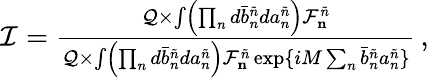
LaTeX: \begin{array}{r}{\mathcal{I}=\frac{\mathcal{Q}\times\int\left(\prod_{n}d\bar{b}_{n}^{\tilde{n}}da_{n}^{\tilde{n}}\right)\mathcal{F}_{\mathbf{n}}^{\tilde{n}}}{\mathcal{Q}\times\int\left(\prod_{n}d\bar{b}_{n}^{\tilde{n}}da_{n}^{\tilde{n}}\right)\mathcal{F}_{\mathbf{n}}^{\tilde{n}}\exp\{ iM\sum_{n}\bar{b}_{n}^{\tilde{n}}a_{n}^{\tilde{n}}\} }\, ,}\end{array}